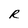
Character: R